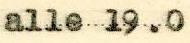
alle 19.0